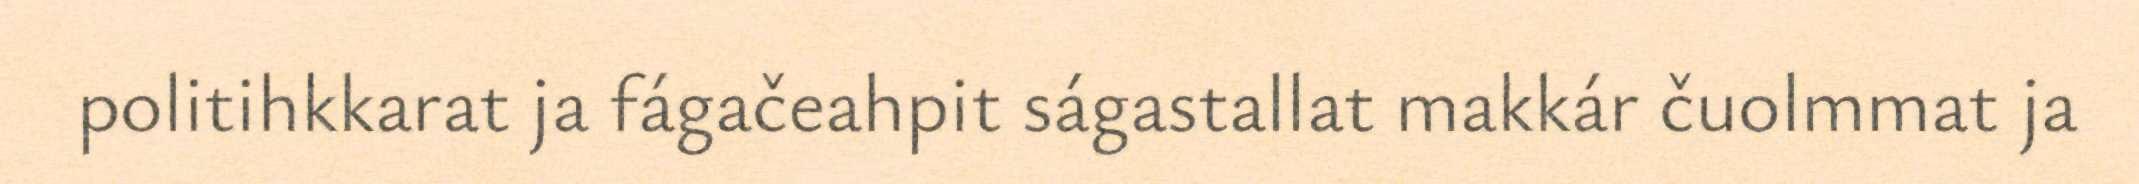
politihkkarat ja fágačeahpit ságastallat makkár čuolmmat ja